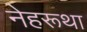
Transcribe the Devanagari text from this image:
नेहरूथा